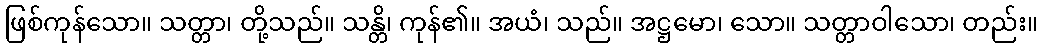
ဖြစ်ကုန်သော။ သတ္တာ၊ တို့သည်။ သန္တိ၊ ကုန်၏။ အယံ၊ သည်။ အဋ္ဌမော၊ သော။ သတ္တာဝါသော၊ တည်း။